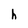
Character: h